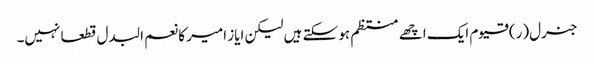
جنرل(ر) قیوم ایک اچھے منتظم ہو سکتے ہیں لیکن ایاز امیر کا نعم البدل قطعا نہیں۔